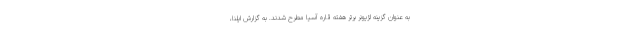
به عنوان گزینه لژیونر برتر هفته قاره آسیا مطرح شدند. به گزارش ایلنا،